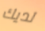
لديك